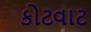
કોટવાટ